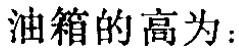
油箱的高为：